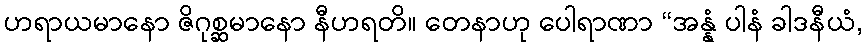
ဟရာယမာနော ဇိဂုစ္ဆမာနော နီဟရတိ။ တေနာဟု ပေါရာဏာ “အန္နံ ပါနံ ခါဒနီယံ,